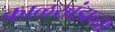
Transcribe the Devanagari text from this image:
काळखंडाच्या